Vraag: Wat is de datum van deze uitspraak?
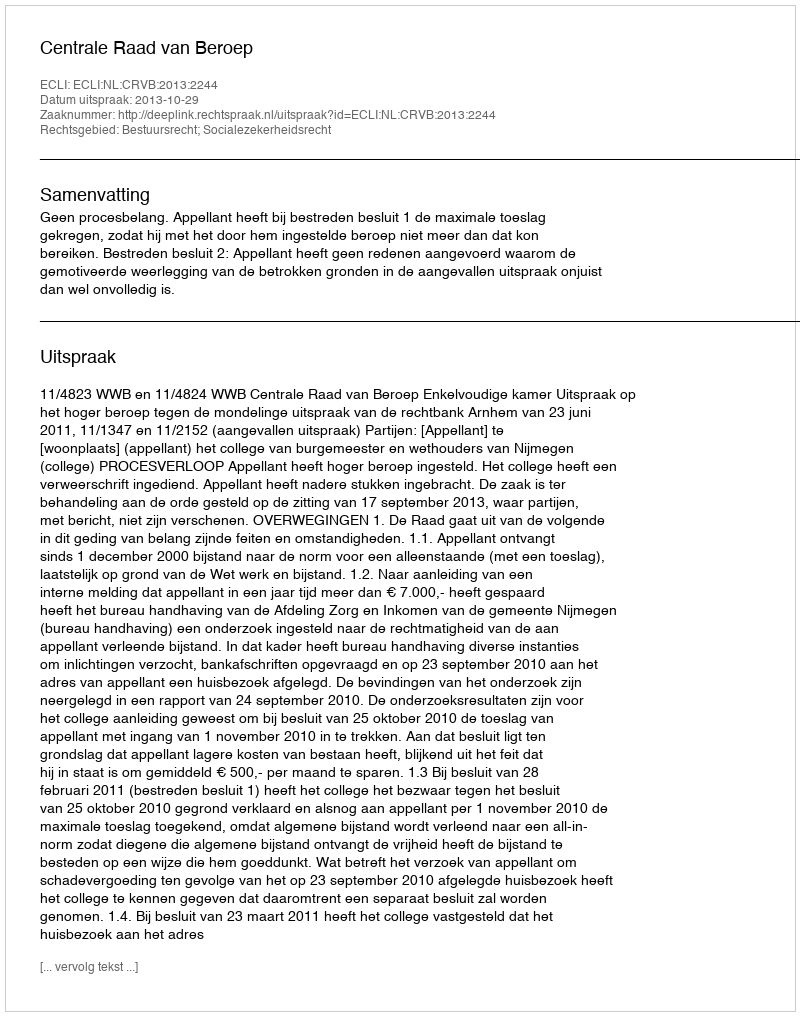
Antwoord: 2013-10-29